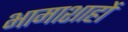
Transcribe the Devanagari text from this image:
भामाशाहों